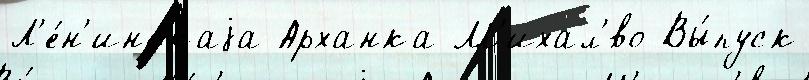
Л'е́н'инскаjа Арханка М'ихал'́во Вы́пуск